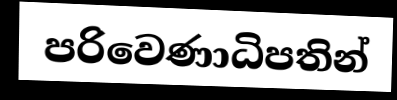
පරිවෙණාධිපතින්